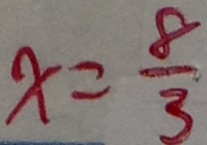
x = \frac { 8 } { 3 }